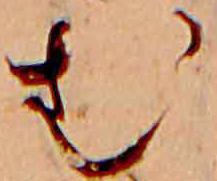
む